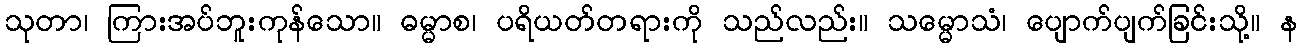
သုတာ၊ ကြားအပ်ဘူးကုန်သော။ ဓမ္မာစ၊ ပရိယတ်တရားကို သည်လည်း။ သမ္မောသံ၊ ပျောက်ပျက်ခြင်းသို့။ န